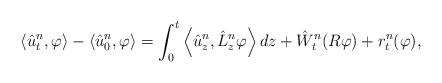
LaTeX: \begin{align*}\left< \hat{u}^{n}_{t},\varphi\right> - \left< \hat{u}^{n}_{0},\varphi\right> = \int_0^t \left< \hat{u}^{n}_{z}, \hat{L}_z^n \varphi\right> dz + \hat{W}^n_t(R\varphi) + r^n_t(\varphi),\end{align*}